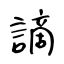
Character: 謫